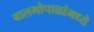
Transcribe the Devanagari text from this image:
बालगोपाळांमध्ये